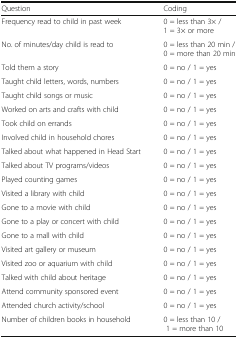
<table><thead><tr><td><b>Question</b></td><td><b>Coding</b></td></tr></thead><tbody><tr><td>Frequency read to child in past week</td><td>0 = less than 3× / 1 = 3× or more</td></tr><tr><td>No. of minutes/day child is read to</td><td>0 = less than 20 min / 0 = more than 20 min</td></tr><tr><td>Told them a story</td><td>0 = no / 1 = yes</td></tr><tr><td>Taught child letters, words, numbers</td><td>0 = no / 1 = yes</td></tr><tr><td>Taught child songs or music</td><td>0 = no / 1 = yes</td></tr><tr><td>Worked on arts and crafts with child</td><td>0 = no / 1 = yes</td></tr><tr><td>Took child on errands</td><td>0 = no / 1 = yes</td></tr><tr><td>Involved child in household chores</td><td>0 = no / 1 = yes</td></tr><tr><td>Talked about what happened in Head Start</td><td>0 = no / 1 = yes</td></tr><tr><td>Talked about TV programs/videos</td><td>0 = no / 1 = yes</td></tr><tr><td>Played counting games</td><td>0 = no / 1 = yes</td></tr><tr><td>Visited a library with child</td><td>0 = no / 1 = yes</td></tr><tr><td>Gone to a movie with child</td><td>0 = no / 1 = yes</td></tr><tr><td>Gone to a play or concert with child</td><td>0 = no / 1 = yes</td></tr><tr><td>Gone to a mall with child</td><td>0 = no / 1 = yes</td></tr><tr><td>Visited art gallery or museum</td><td>0 = no / 1 = yes</td></tr><tr><td>Visited zoo or aquarium with child</td><td>0 = no / 1 = yes</td></tr><tr><td>Talked with child about heritage</td><td>0 = no / 1 = yes</td></tr><tr><td>Attend community sponsored event</td><td>0 = no / 1 = yes</td></tr><tr><td>Attended church activity/school</td><td>0 = no / 1 = yes</td></tr><tr><td>Number of children books in household</td><td>0 = less than 10 / 1 = more than 10</td></tr></tbody></table>